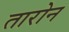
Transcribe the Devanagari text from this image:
तारोन